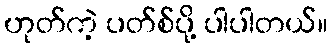
ဟုတ်ကဲ့ ပတ်စ်ပို့ ပါပါတယ်။